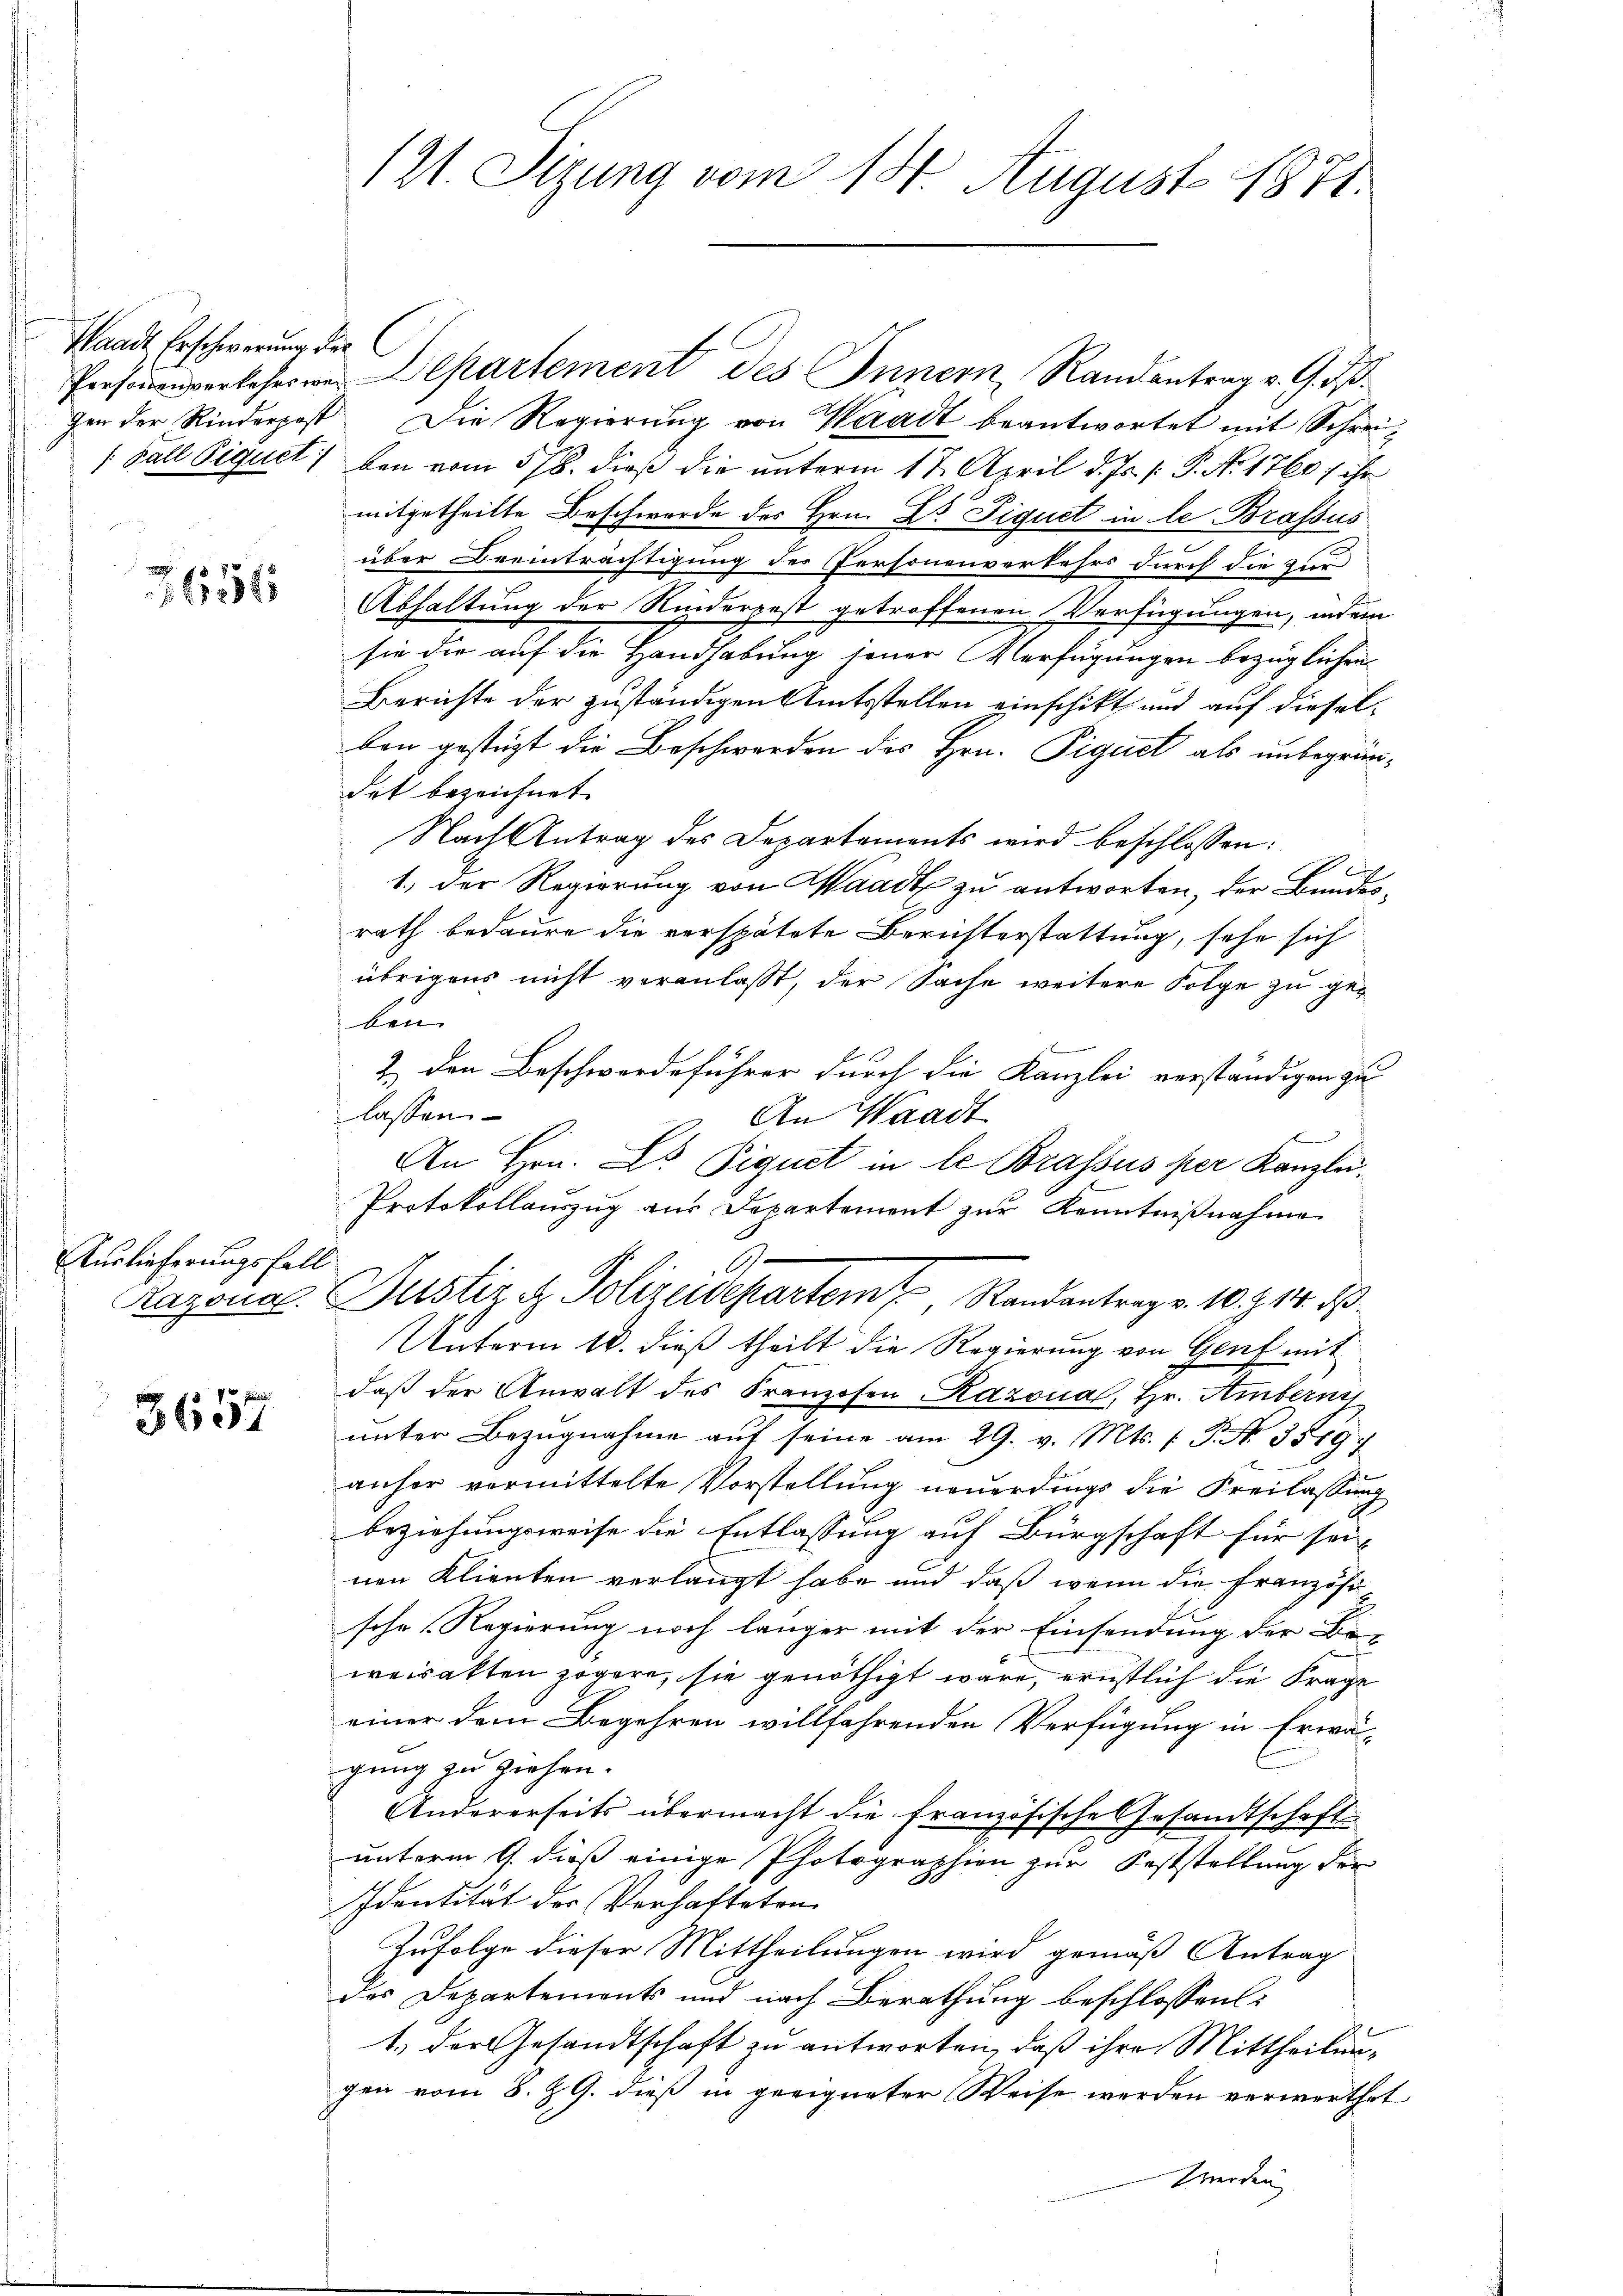
Waadt Erschwerung der
[Fall Siquet

2651

Auslieferungsfall

3657

121. Sizung vom 14. August 1871.

Personenverkehrs wer Departement des Innern, Randantrag v. G. d.
gen der Rinderpost Die Regierung von Waadt beantwortet mit Schreiben vom 5/8. dieß die unterm 17. April d. Js. [ P. No. 1760; ihr
mitgetheilte Beschwerde des Hrn. Dr. Piquet in le Brassus
über Beeinträchtigung der Personenverkehrs durch die zur
Abhaltung der Rinderpest getroffenen Verfügungen, indem
sie die auf die Handhabung jener Verfügungen bezüglichen
Berichte der zuständigen Amtsstellen einschikt und auf dieselben gestüzt die Beschwerden des Hrn. Pignet als unbegründat bezeichnet.
Nach Antrag des Departements wird beschlossen:
2
1.) Der Regierung von Waadt zu antworten, der Bundesrath bedaure die verspätete Berichterstattung, sehe sich
übrigens nicht veranlasst, der Sache weitere Folge zu geben.
2.) Den Beschwerdeführer durch die Kanzlei verständigen zu
lassen.
An Waadt
An Hrn. Lo Piquet in le Brassus per Kanzlei¬
Protokollauszug aus Departement zur Kenntnißnahme
0
Kazona Justiz & Polizeidepartem Randantrag v. 10. Z. 14. ds
Unterm 18. dieß theilt die Regierung von Genf mit
daß der Anwalt des Franzosen Razona, Hr. Amberni
unter Bezugnahme aŭf seine am 29. v. Mts. (T. No. 3519.
anher vermittelte Vorstellung neuerdings die Freilassung
beziehungsweise die Entlassung auf Bürgschaft für seinen Klienten verlangt habe und daß wenn die Französische Regierung noch länger mit der Einsendung der Be-
weisakten zögere, sie genöthigt wäre, ernstlich die Frage
einer dem Begehren willfahrenden Verfügung in Erwä-
gung zu ziehen.
Andererseits übermacht die französische Gesandtschaft
unterm 9. dieß einige Photographien zur Feststellung der
Identität der Verhafteten
Zufolge dieser Mittheilungen wird gemäß Antrag
des Departemonts und nach Berathung beschlossen:
1.) Der Gesandtschaft zu antworten, daß ihre Mittheilung
gen vom 8. Z. G. dieß in geeigneter Weise werden verwerthet
werden